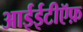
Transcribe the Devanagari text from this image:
आईईटीऍफ़